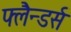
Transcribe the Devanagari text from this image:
फ्लैन्डर्स